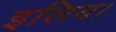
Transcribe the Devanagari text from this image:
इलिय।